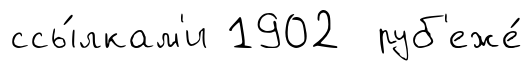
ссы́лкам'и 1902 руб'еже́